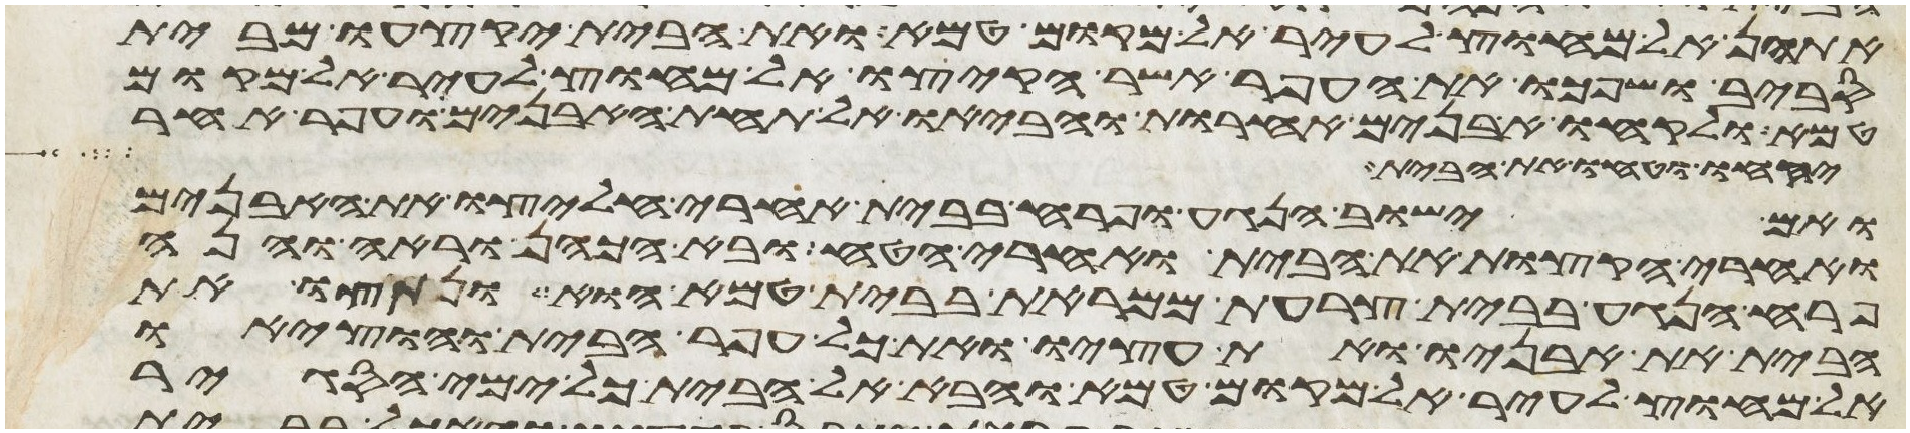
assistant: אתהן אל מחוץ לעיר אל מקום טמא ואת הבית יקצעו מבית
סביב ושפכו את העפר אשר הקיצו אל מחוץ לעיר אל מקום
טמא ולקחו אבנים אחרות והביאו אל תחת האבנים ועפר אחר
יקחו וטחו את הבית
ואם ישוב הנגע ופרח בבית אחרי חלצו את האבנים
ואחרי הקצות את הבית ואחרי הטח ובא הכהן וראה והנה
פרח הנגע בבית צרעת ממראת בבית טמא הוא ונתצו את
הבית את אבניו ואת עציו ואת כל עפר הבית והוציאו
אל מחוץ לעיר אל מקום טמא והבא אל הבית כל ימי הסגיר